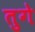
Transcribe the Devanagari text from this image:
तुगे